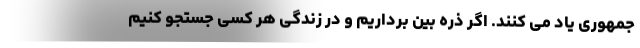
جمهوری یاد می کنند. اگر ذره بین برداریم و در زندگی هر کسی جستجو کنیم